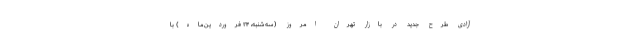
آزادی طرح جدید در بازار تهران امروز (سه‌شنبه، ۲۴ فروردین‌ماه) با